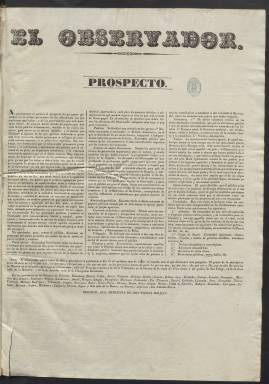
Título: El Observador (Madrid. 1834)
Colección: Periódicos anteriores a 1850
Ámbito geográfico: Madrid
Lugar de publicación: Madrid
Fechas: 01/01/1834-30/04/1835